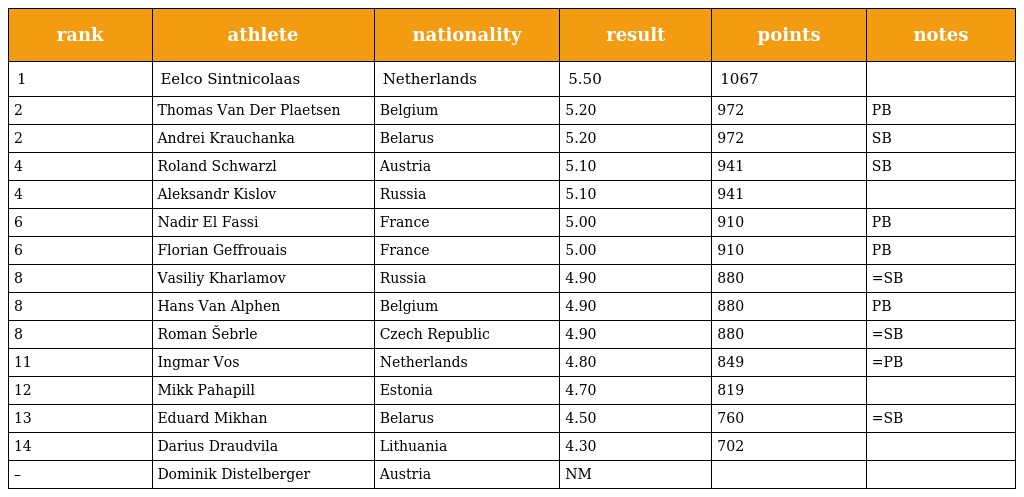
| rank | athlete | nationality | result | points | notes |
 | --- | --- | --- | --- | --- | --- |
 | 1 | Eelco Sintnicolaas | Netherlands | 5.50 | 1067 |  |
 | 2 | Thomas Van Der Plaetsen | Belgium | 5.20 | 972 | PB |
 | 2 | Andrei Krauchanka | Belarus | 5.20 | 972 | SB |
 | 4 | Roland Schwarzl | Austria | 5.10 | 941 | SB |
 | 4 | Aleksandr Kislov | Russia | 5.10 | 941 |  |
 | 6 | Nadir El Fassi | France | 5.00 | 910 | PB |
 | 6 | Florian Geffrouais | France | 5.00 | 910 | PB |
 | 8 | Vasiliy Kharlamov | Russia | 4.90 | 880 | =SB |
 | 8 | Hans Van Alphen | Belgium | 4.90 | 880 | PB |
 | 8 | Roman Šebrle | Czech Republic | 4.90 | 880 | =SB |
 | 11 | Ingmar Vos | Netherlands | 4.80 | 849 | =PB |
 | 12 | Mikk Pahapill | Estonia | 4.70 | 819 |  |
 | 13 | Eduard Mikhan | Belarus | 4.50 | 760 | =SB |
 | 14 | Darius Draudvila | Lithuania | 4.30 | 702 |  |
 | – | Dominik Distelberger | Austria | NM |  |  |